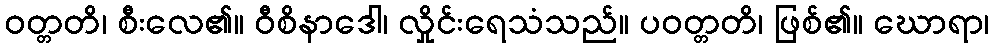
ဝတ္တတိ၊ စီးလေ၏။ ဝီစိနာဒေါ၊ လှိုင်းရေသံသည်။ ပဝတ္တတိ၊ ဖြစ်၏။ ဃောရာ၊